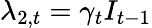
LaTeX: \lambda_{2,t}=\gamma_{t}I_{t-1}